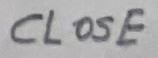
Text: CLOSE